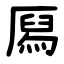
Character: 㕐